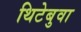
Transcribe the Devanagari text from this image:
थिटेबुवा